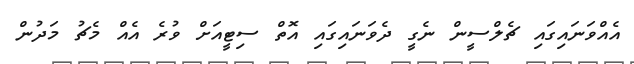
އެއްވަނައިގައި ޗެލްސީން ނެގީ ދެވަނައިގައި އޮތް ސިޓީއަށް ވުރެ އެއް މެޗު މަދުން